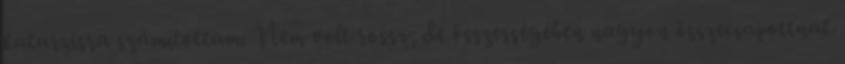
katarzisra számítottam. Nem volt rossz, de összességében nagyon összecsapottnak